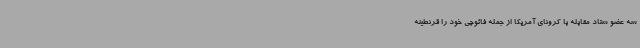
سه عضو ستاد مقابله با کرونای آمریکا از جمله فائوچی خود را قرنطینه